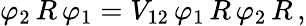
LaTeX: \varphi_{2}\, R\, \varphi_{1}=V_{12}\, \varphi_{1}\, R\, \varphi_{2}\, R\, ,